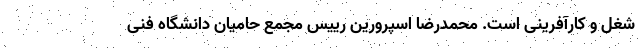
شغل و کارآفرینی است. محمدرضا اسپرورین رییس مجمع حامیان دانشگاه فنی